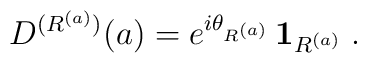
D^{(R^{(a)})}(a)=e^{i\theta_{R^{(a)}}}\, {\bf 1}_{R^{(a)}}\; .